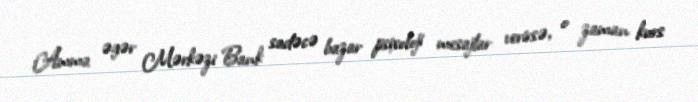
Amma əgər Mərkəzi Bank sadəcə bazar psixoloji mesajlar verirsə, o zaman kurs